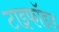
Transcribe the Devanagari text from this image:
टाइफॉइड